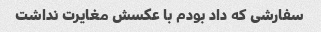
سفارشی که داد بودم با عکسش مغایرت نداشت